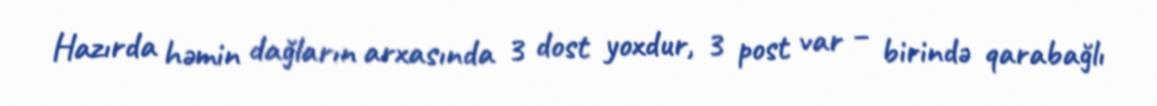
Hazırda həmin dağların arxasında 3 dost yoxdur, 3 post var – birində qarabağlı